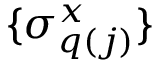
\{ \sigma _ { q ( j ) } ^ { x } \}